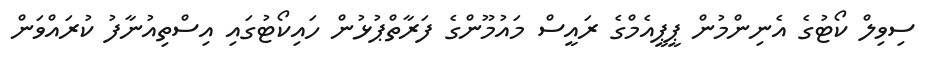
ސިވިލް ކޯޓުގެ އެނިންމުން ޕީޕީއެމްގެ ރައީސް މައުމޫންގެ ފަރާތްޕުޅުން ހައިކޯޓުގައި އިސްތިއުނާފު ކުރައްވަން